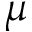
\mu